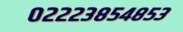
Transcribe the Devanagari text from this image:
०२२२३८५४८५३